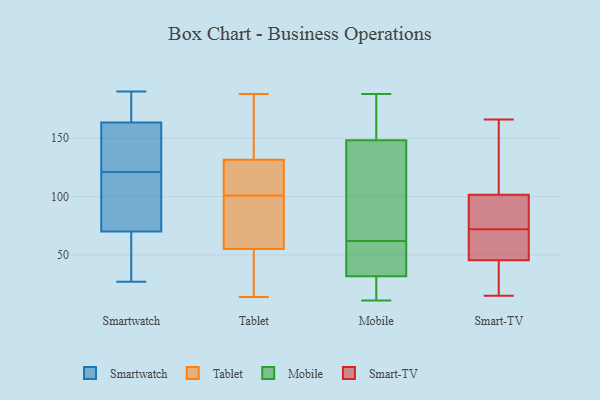
{"axis": {"x": "Customer Acquisition Cost (USD)", "y": "Value"}, "legend": ["Mobile", "Smart-TV", "Smartwatch", "Tablet"], "data": [{"x": "", "y": 148, "type": "Smartwatch"}, {"x": "", "y": 37, "type": "Smartwatch"}, {"x": "", "y": 183, "type": "Smartwatch"}, {"x": "", "y": 107, "type": "Smartwatch"}, {"x": "", "y": 131, "type": "Smartwatch"}, {"x": "", "y": 179, "type": "Smartwatch"}, {"x": "", "y": 112, "type": "Smartwatch"}, {"x": "", "y": 78, "type": "Smartwatch"}, {"x": "", "y": 130, "type": "Smartwatch"}, {"x": "", "y": 27, "type": "Smartwatch"}, {"x": "", "y": 62, "type": "Smartwatch"}, {"x": "", "y": 190, "type": "Smartwatch"}, {"x": "", "y": 23, "type": "Tablet"}, {"x": "", "y": 91, "type": "Tablet"}, {"x": "", "y": 101, "type": "Tablet"}, {"x": "", "y": 188, "type": "Tablet"}, {"x": "", "y": 121, "type": "Tablet"}, {"x": "", "y": 135, "type": "Tablet"}, {"x": "", "y": 104, "type": "Tablet"}, {"x": "", "y": 86, "type": "Tablet"}, {"x": "", "y": 20, "type": "Tablet"}, {"x": "", "y": 49, "type": "Tablet"}, {"x": "", "y": 73, "type": "Tablet"}, {"x": "", "y": 25, "type": "Tablet"}, {"x": "", "y": 138, "type": "Tablet"}, {"x": "", "y": 14, "type": "Tablet"}, {"x": "", "y": 90, "type": "Tablet"}, {"x": "", "y": 145, "type": "Tablet"}, {"x": "", "y": 178, "type": "Tablet"}, {"x": "", "y": 115, "type": "Tablet"}, {"x": "", "y": 105, "type": "Tablet"}, {"x": "", "y": 175, "type": "Mobile"}, {"x": "", "y": 11, "type": "Mobile"}, {"x": "", "y": 46, "type": "Mobile"}, {"x": "", "y": 138, "type": "Mobile"}, {"x": "", "y": 27, "type": "Mobile"}, {"x": "", "y": 156, "type": "Mobile"}, {"x": "", "y": 146, "type": "Mobile"}, {"x": "", "y": 25, "type": "Mobile"}, {"x": "", "y": 149, "type": "Mobile"}, {"x": "", "y": 62, "type": "Mobile"}, {"x": "", "y": 50, "type": "Mobile"}, {"x": "", "y": 51, "type": "Mobile"}, {"x": "", "y": 188, "type": "Mobile"}, {"x": "", "y": 143, "type": "Mobile"}, {"x": "", "y": 13, "type": "Mobile"}, {"x": "", "y": 15, "type": "Smart-TV"}, {"x": "", "y": 67, "type": "Smart-TV"}, {"x": "", "y": 42, "type": "Smart-TV"}, {"x": "", "y": 117, "type": "Smart-TV"}, {"x": "", "y": 166, "type": "Smart-TV"}, {"x": "", "y": 105, "type": "Smart-TV"}, {"x": "", "y": 72, "type": "Smart-TV"}, {"x": "", "y": 56, "type": "Smart-TV"}, {"x": "", "y": 90, "type": "Smart-TV"}, {"x": "", "y": 24, "type": "Smart-TV"}, {"x": "", "y": 91, "type": "Smart-TV"}]}